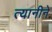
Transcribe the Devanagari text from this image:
त्यानीने